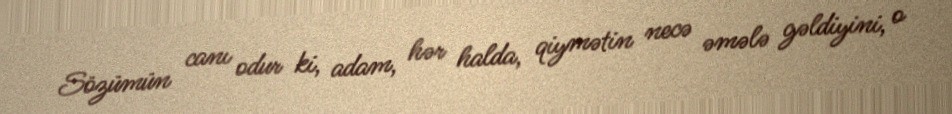
Sözümün canı odur ki, adam, hər halda, qiymətin necə əmələ gəldiyini, o